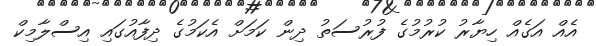
އެއް އަގެއް ހިޔާރު ކުރުމުގެ ފުރުސަތު ދިން ކަމަށް އެކަމުގެ ދިފާއުގައި އިސްލާމިކް